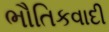
ભૌતિકવાદી